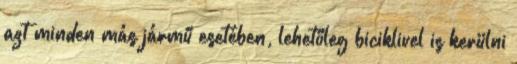
azt minden más jármű esetében, lehetőleg biciklivel is kerülni